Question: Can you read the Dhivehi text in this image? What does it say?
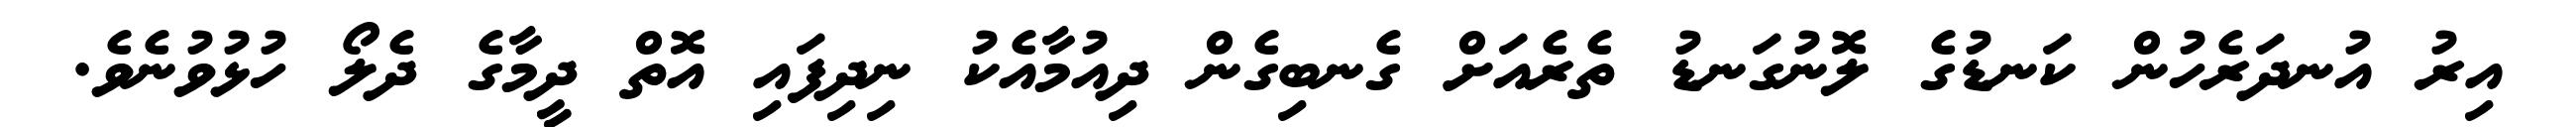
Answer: އިރު އުނދަރެހުން ކަނޑުގެ ލޮނުގަނޑު ތެރެއަށް ގެނބިގެން ދިއުމާއެކު ނިދިފައި އޮތް ދީމާގެ ދެލޯ ހުޅުވުނެވެ.